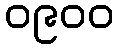
၀၉၀၀